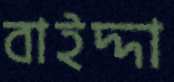
বাইদ্দা